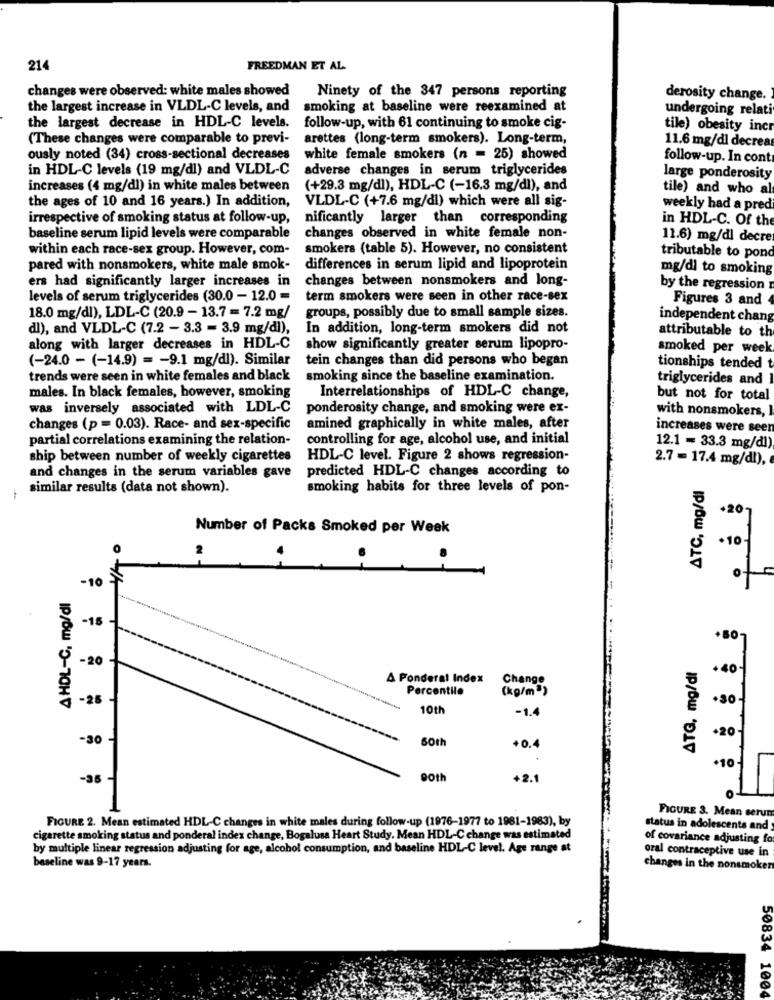
214
FREEDMAN ET AL
changes were observed: white males showed
Ninety of the 347 persons reporting
derosity change.
the largest increase in VLDL-C levels, and
smoking at baseline were reexamined at
undergoing relati
the largest decrease in HDL-C levels.
follow-up, with 61 continuing to smoke cig-
tile) obesity incr
(These changes were comparable to previ-
arettes (long-term smokers). Long-term,
11.6 mg/dl decrear
ously noted (34) cross-sectional decreases
white female smokers (n = 25) showed
follow-up. In cont
in HDL-C levels (19 mg/dl) and VLDL-C
adverse changes in serum triglycerides
large ponderosity
increases (4 mg/dl) in white males between
(+29.3 mg/dl), HDL-C (-16.3 mg/dl), and
tile) and who a
VLDL-C (+7.6 mg/dl) which were all sig-
the ages of 10 and 16 years.) In addition,
weekly had a pred
irrespective of smoking status at follow-up,
nificantly larger than corresponding
in HDL-C. Of the
baseline serum lipid levels were comparable
changes observed in white female non-
11.6) mg/dl decre
within each race-sex group. However, com-
smokers (table 5). However, no consistent
tributable to pond
pared with nonsmokers, white male smok-
differences in serum lipid and lipoprotein
mg/dl to smoking
ers had significantly larger increases in
changes between nonsmokers and long-
by the regression
levels of serum triglycerides (30.0 - 12.0 =
term smokers were seen in other race-sex
Figures 3 and
groups, possibly due to small sample sizes.
18.0 mg/dl), LDL-C (20.9 - 13.7 = 7.2 mg/
independent chang
dl), and VLDL-C (7.2 - 3.3 = 3.9 mg/dl),
In addition, long-term smokers did not
attributable to th
along with larger decreases in HDL-C
show significantly greater serum lipopro-
smoked per week
(-24.0 - (-14.9) = - 9.1 mg/dl). Similar
tein changes than did persons who began
tionships tended t
trends were seen in white females and black
smoking since the baseline examination.
triglycerides and
males. In black females, however, smoking
Interrelationships of HDL-C change,
but not for total
was inversely associated with LDL-C
ponderosity change, and smoking were ex-
with nonsmokers, I
changes (p = 0.03). Race- and sex-specific
amined graphically in white males, after
increases were seen
partial correlations examining the relation-
controlling for age, alcohol use, and initial
12.1 -33.3 mg/dl)
ship between number of weekly cigarettes
HDL-C level. Figure 2 shows regression-
2.7 = 17.4 mg/dl),
predicted HDL-C changes according to
and changes in the serum variables gave
ATC, mg/dl
similar results (data not shown).
smoking habits for three levels of pon-
+20
Number of Packs Smoked per Week
10
-10
AHOL-C, mg/dl
-15
+50
-20
ATG, mg/dl
40
A Ponderal Index
Change
Percentile
(kg/m")
-2
10th
-1.4
+20
-30
60th
+0.4
.10
-36
+2.1
FIGURE 3. Mean serun
FIGURE 2. Mean estimated HDL-C changes in white males during follow-up (1976-1977 to 1981-1983), by
status in adolescents and
cigarette smoking status and ponderal index change, Bogalusa Heart Study. Mean HDL-C change was estimated
of covariance adjusting fo
by multiple linear regression adjusting for age, alcohol consumption, and baseline HDL-C level. Age range at
oral contraceptive use in
baseline was 9-17 years.
changes in the nonsmoker
50834 1004